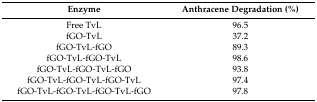
| Enzyme | Anthracene Degradation (%) |
 | --- | --- |
 | Free TvL | 96.5 |
 | fGO-TvL | 37.2 |
 | fGO-TvL-fGO | 89.3 |
 | fGO-TvL-fGO-TvL | 98.6 |
 | fGO-TvL-fGO-TvL-fGO | 93.8 |
 | fGO-TvL-fGO-TvL-fGO-TvL | 97.4 |
 | fGO-TvL-fGO-TvL-fGO-TvL-fGO | 97.8 |